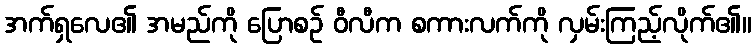
အက်ရှလေ၏ အမည်ကို ပြောစဉ် ဝီလီက စကားလက်ကို လှမ်းကြည့်လိုက်၏။